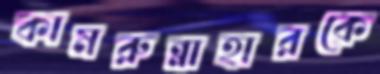
কামরুন্নাহারকে